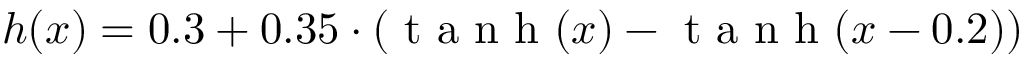
h ( x ) = 0 . 3 + 0 . 3 5 \cdot \left( \mathrm { ~ t ~ a ~ n ~ h ~ } ( x ) - \mathrm { ~ t ~ a ~ n ~ h ~ } ( x - 0 . 2 ) \right)